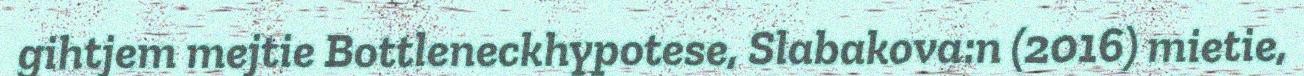
gihtjem mejtie Bottleneckhypotese, Slabakova:n (2016) mietie,